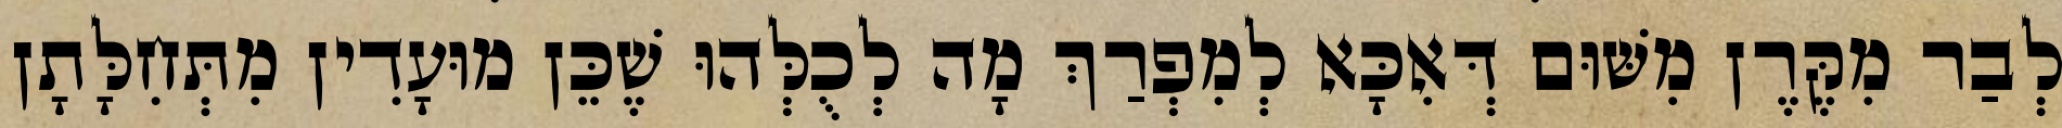
לְבַר מִקֶּרֶן מִשּׁוּם דְּאִכָּא לְמִפְרַךְ מָה לְכֻלְּהוּ שֶׁכֵּן מוּעָדִין מִתְּחִלָּתָן